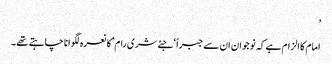
’
امام کا الزام ہے کہ نوجوان ان سے جبراً ‘جئے شری رام’کا نعرہ لگوانا چاہتے تھے۔